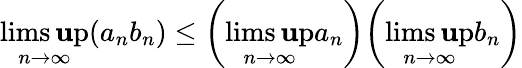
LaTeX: \operatorname*{lims\mathbf{u}p}_{n\to\infty}(a_{n}b_{n})\leq{\biggl(}\operatorname*{lims\mathbf{u}p}_{n\to\infty}a_{n}{\biggr)}{\biggl(}\operatorname*{lims\mathbf{u}p}_{n\to\infty}b_{n}{\biggr)}